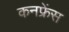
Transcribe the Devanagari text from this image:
कनफ्रेंस